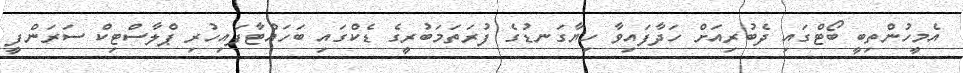
އެމީހުންތިބީ ބޯޓްގައި ދެބުރިއަށް ހަދާފައިވާ ހިޔާގަނޑުގެ ފުރަތަމަބުރީގެ ޑެކްގައި ބަހައްޓާފައިހުރި ޕްލާސްޓިކް ސަރަންފީ